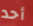
أحد